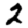
Digit: 2